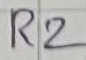
Text: R2